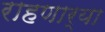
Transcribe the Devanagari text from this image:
राहणार्या